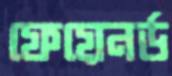
ফেয়েনর্ড